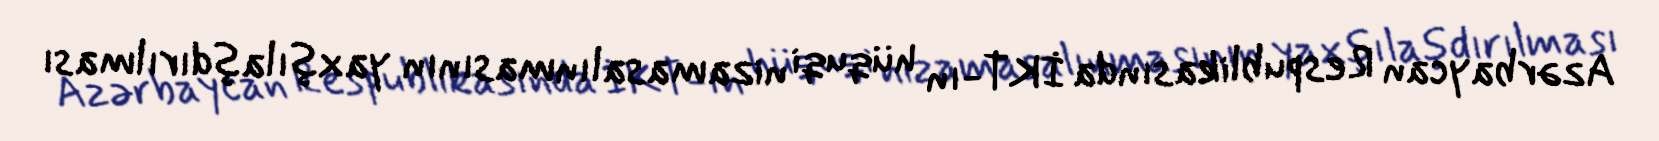
Azərbaycan Respublikasında İKT-ın hüquqi nizamasalınmasının yaxşılaşdırılması